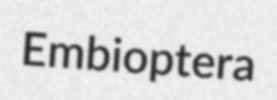
Embioptera